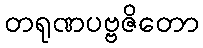
တရုဏပဗ္ဗဇိတော